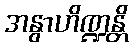
အနွာဟိဏ္ဍန္တိ